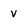
Character: v